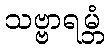
သဗ္ဗာရမ္ဘံ